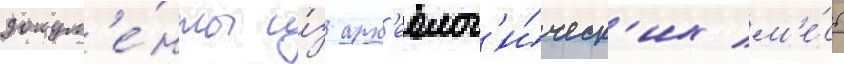
докум'е́нты и́з арх'еолог'и́ческ'их м'е́ст